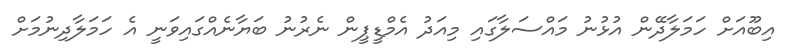
އިބޫއަށް ހަމަލާދޭން އުޅުނު މައްސަލާގައި މިއަދު އެމްޑީޕީން ނެރުނު ބަޔާނެއްގައިވަނީ އެ ހަމަލާދިނުމަށް